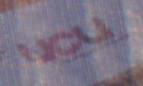
UCU